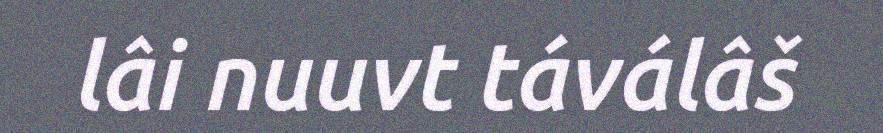
lâi nuuvt táválâš